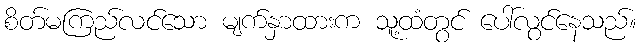
စိတ်မကြည်လင်သော မျက်နှာထားက သူ့ထံတွင် ပေါ်လွင်နေသည်။